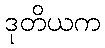
ဒုတိယက